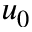
u _ { 0 }